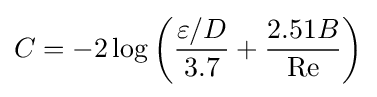
C=-2\log \left({\frac {\varepsilon /D}{3.7}}+{2.51B \over \mathrm {Re} }\right)